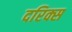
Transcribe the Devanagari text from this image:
दरिक्स